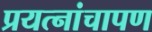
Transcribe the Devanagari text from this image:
प्रयत्नांचापण